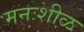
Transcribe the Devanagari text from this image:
मनःशीळ